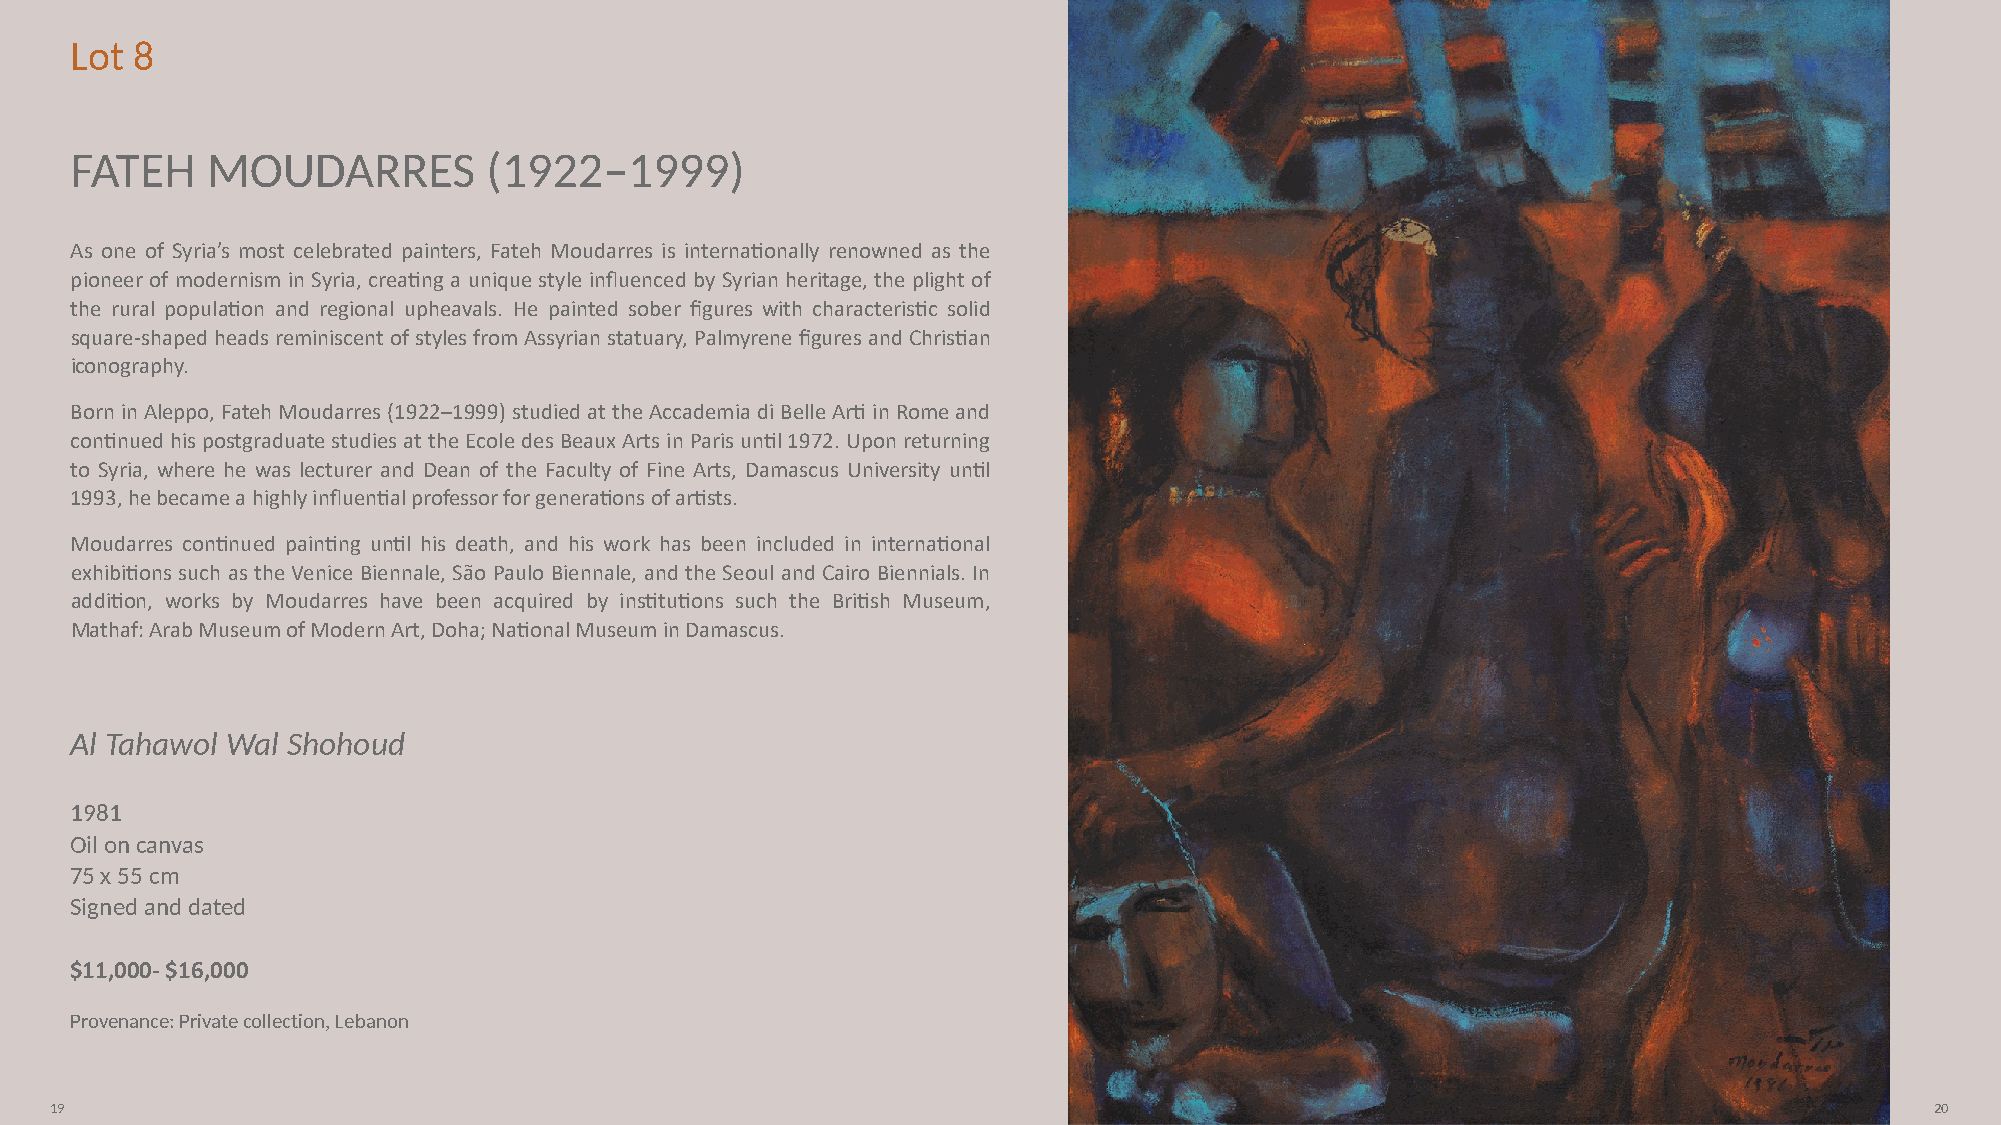
Lot 8
 FATEH    MOUDARRES         (1922–1999)
 As one of Syria’s most celebrated painters, Fateh Moudarres is internaNonally renowned as the
 pioneer of modernism in Syria, creaNng a unique style influenced by Syrian heritage, the plight of
 the rural populaNon and regional upheavals. He painted sober figures with characterisNc solid
 square-shaped heads reminiscent of styles from Assyrian statuary, Palmyrene figures and ChrisNan
 iconography.
 Born in Aleppo, Fateh Moudarres (1922–1999) studied at the Accademia di Belle ArN in Rome and
 conNnued his postgraduate studies at the Ecole des Beaux Arts in Paris unNl 1972. Upon returning
 to Syria, where he was lecturer and Dean of the Faculty of Fine Arts, Damascus University unNl
 1993, he became a highly influenNal professor for generaNons of arNsts.
 Moudarres conNnued painNng unNl his death, and his work has been included in internaNonal
 exhibiNons such as the Venice Biennale, São Paulo Biennale, and the Seoul and Cairo Biennials. In
 addiNon, works by Moudarres have been acquired by insNtuNons such the BriNsh Museum,
 Mathaf: Arab Museum of Modern Art, Doha; NaNonal Museum in Damascus.
 Al Tahawol Wal Shohoud
 1981
 Oil on canvas
 75 x 55 cm
 Signed and dated
 $11,000- $16,000
 Provenance: Private collection, Lebanon
 19                                                                                                                           20